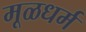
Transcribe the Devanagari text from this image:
मूळधर्म